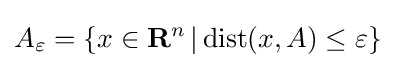
A_{\varepsilon }=\left\{x\in \mathbf {R} ^{n}\,|\,{\text{dist}}(x,A)\leq \varepsilon \right\}